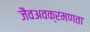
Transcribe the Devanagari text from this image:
जैवअवक्रमणता